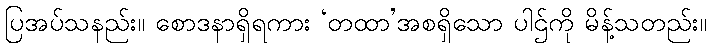
ပြအပ်သနည်း။ စောဒနာရှိရကား ‘တထာ’အစရှိသော ပါဌ်ကို မိန့်သတည်း။